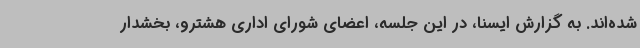
شده‌اند. به گزارش ایسنا، در این جلسه، اعضای شورای اداری هشترو، بخشدار